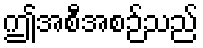
ဤအစီအစဉ်သည်